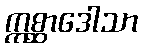
ဣစ္ဆာဒေါသာ